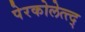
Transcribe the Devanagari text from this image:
पेरकोलेत्त्द्